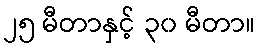
၂၅ မီတာနှင့် ၃၀ မီတာ။